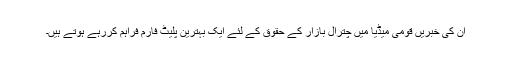
ان کی خبریں قومی میڈیا میں چترال بازار کے حقوق کے لئے ایک بہترین پلیٹ فارم فراہم کررہے ہوتے ہیں۔